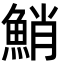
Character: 鮹